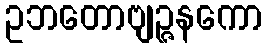
ဥဘတောဗျဉ္ဇနကော